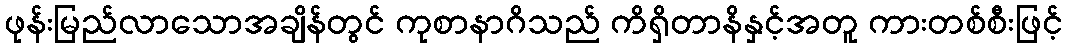
ဖုန်းမြည်လာသောအချိန်တွင် ကုစာနာဂိသည် ကိရှိတာနိနှင့်အတူ ကားတစ်စီးဖြင့်